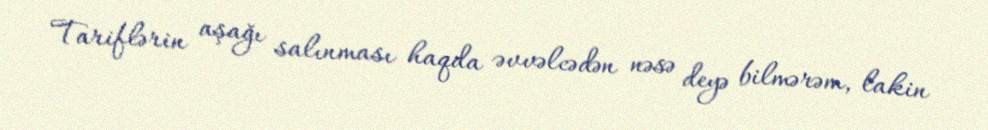
Tariflərin aşağı salınması haqda əvvəlcədən nəsə deyə bilmərəm, lakin